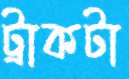
ট্রাকটা